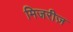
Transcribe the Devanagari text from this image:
मिजरीज़